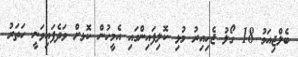
ބެލްޖިއަމު 18 ގޯލު ޖެހިއިރު މުޅި ކޮލިފައިންގައި އެމީހުން ކޮޅށް ވަދެފައިވަނީ ހަތަރު